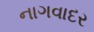
નાગવાદર